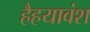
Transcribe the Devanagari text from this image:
हैहयावंश